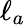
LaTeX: \ell_{a}